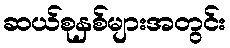
ဆယ်စုနှစ်များအတွင်း